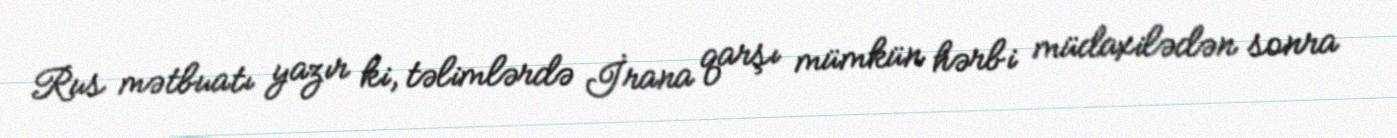
Rus mətbuatı yazır ki, təlimlərdə İrana qarşı mümkün hərbi müdaxilədən sonra